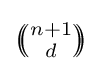
\textstyle {\left(\!\!{n+1 \choose d}\!\!\right)}